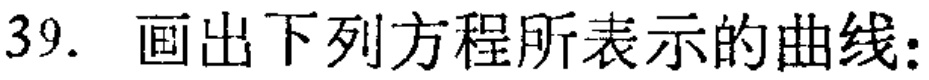
39. 画出下列方程所表示的曲线: